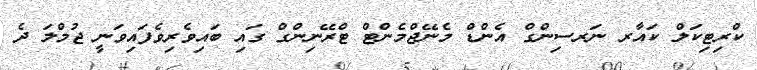
ކްރިޓިކަލް ކައާރ ނަރސިންގް އެންޑް މެނޭޖްމެންޓް ޓްރޭނިންގް ގައި ބައިވެރިވެފައިވަނީ ޖުމްލަ ދެ